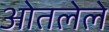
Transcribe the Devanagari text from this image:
ओतलेले